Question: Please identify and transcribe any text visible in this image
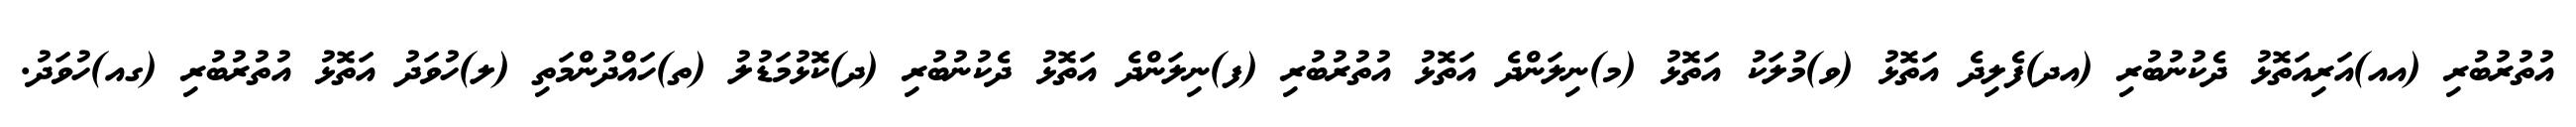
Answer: އުތުރުބުރި (އއ)އަރިއަތޮޅު ދެކުނުބުރި (އދ)ފެލިދެ އަތޮޅު (ވ)މުލަކު އަތޮޅު (މ)ނިލަންދެ އަތޮޅު އުތުރުބުރި (ފ)ނިލަންދެ އަތޮޅު ދެކުނުބުރި (ދ)ކޮޅުމަޑުލު (ތ)ހައްދުންމަތި (ލ)ހުވަދު އަތޮޅު އުތުރުބުރި (ގއ)ހުވަދު.